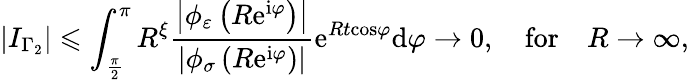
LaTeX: \left\vert I_{\Gamma_{2}}\right\vert\leqslant\int_{\frac{\pi}{2}}^{\pi}R^{\xi}\frac{\left\vert\phi_{\varepsilon}\left(R\mathrm{e}^{\mathrm{i}\varphi}\right)\right\vert}{\left\vert\phi_{\sigma}\left(R\mathrm{e}^{\mathrm{i}\varphi}\right)\right\vert}\mathrm{e}^{Rt\mathrm{\cos}\varphi}\mathrm{d}\varphi\rightarrow 0,\quad\mathrm{for}\quad R\rightarrow\infty,